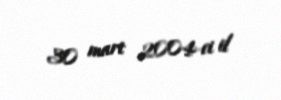
30 mart 2004-ci il